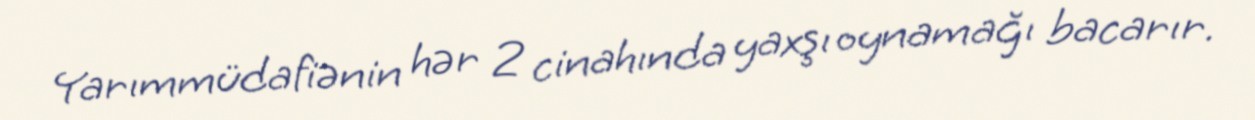
Yarımmüdafiənin hər 2 cinahında yaxşı oynamağı bacarır.